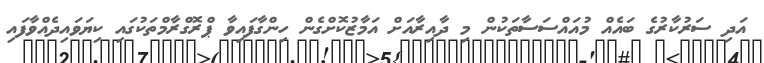
އަދި ސަރުކާރުގެ ބައެއް މުއައްސަސާތަކުން މި ދާއިރާއަށް އަމާޒުކޮށްގެން ހިންގާފައިވާ ޕްރޮގްރާމްތަކުގައި ކިޔަވައިދެއްވާފައި